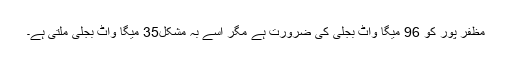
مظفر پور کو 96 میگا واٹ بجلی کی ضرورت ہے مگر اسے بہ مشکل35 میگا واٹ بجلی ملتی ہے۔